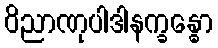
ဝိညာဏုပါဒါနက္ခန္ဓော